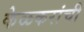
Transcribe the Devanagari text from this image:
केळकरांची